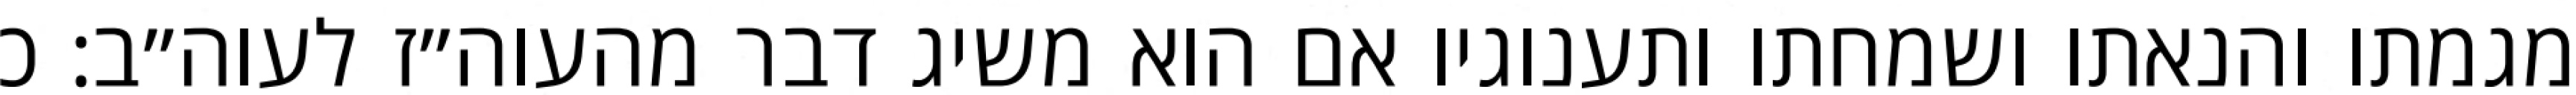
מגמתו והנאתו ושמחתו ותענוגיו אם הוא משיג דבר מהעוה״ז לעוה״ב: כ